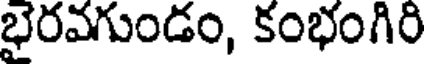
భైరవగుండం, కంభంగిరి